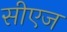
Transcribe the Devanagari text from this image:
सीएज